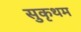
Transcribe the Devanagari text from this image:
सुकृथम